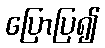
ပြောပြ၍